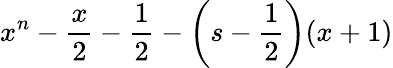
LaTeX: x^{n}-{\frac{x}{2}}-{\frac{1}{2}}-\left(s-{\frac{1}{2}}\right)(x+1)